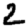
Digit: 2